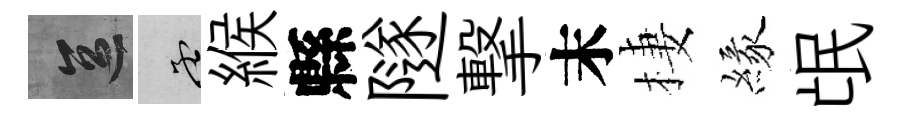
區孟緱縣隧撃末棲緣氓